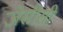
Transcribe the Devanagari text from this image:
जेसीसी